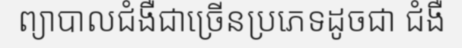
ព្យាបាលជំងឺជាច្រើនប្រភេទដូចជា ជំងឺ